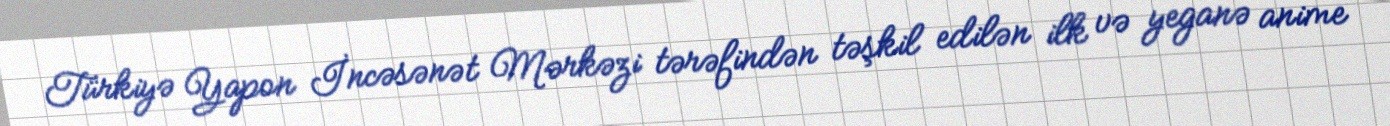
Türkiyə Yapon İncəsənət Mərkəzi tərəfindən təşkil edilən ilk və yeganə anime